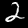
Label: 2